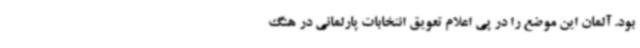
بود. آلمان این موضع را در پی اعلام تعویق انتخابات پارلمانی در هنگ